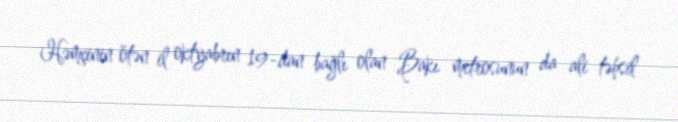
Həmçinin ötən il oktyabrın 19-dan bağlı olan Bakı metrosunun da ali təhsil